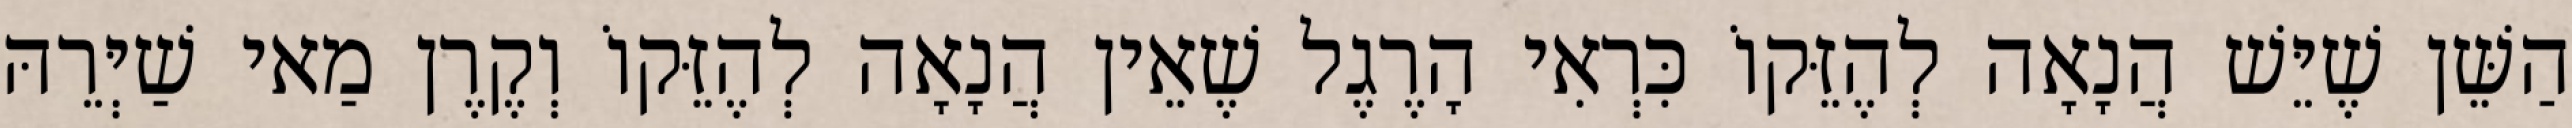
הַשֵּׁן שֶׁיֵּשׁ הֲנָאָה לְהֶזֵּקוֹ כִּרְאִי הָרֶגֶל שֶׁאֵין הֲנָאָה לְהֶזֵּקוֹ וְקֶרֶן מַאי שַׁיְּרֵהּ